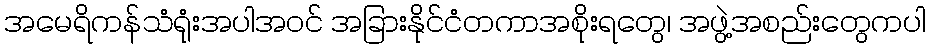
အမေရိကန်သံရုံးအပါအဝင် အခြားနိုင်ငံတကာအစိုးရတွေ၊ အဖွဲ့အစည်းတွေကပါ